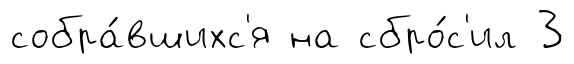
собра́вшихс'я на сбро́с'ил 3